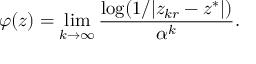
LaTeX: \varphi ( z ) = \operatorname* { l i m } _ { k \to \infty } { \frac { \log ( 1 / | z _ { k r } - z ^ { * } | ) } { \alpha ^ { k } } } .